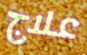
علاج